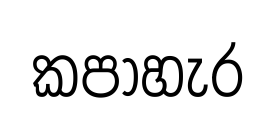
කපාහැර